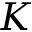
K